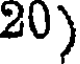
20)